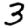
Digit: 3